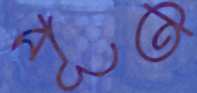
পূত